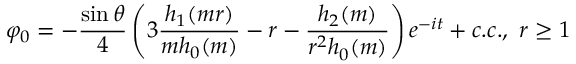
\varphi _ { 0 } = - \frac { \sin \theta } { 4 } \left( 3 \frac { h _ { 1 } ( m r ) } { m h _ { 0 } ( m ) } - r - \frac { h _ { 2 } ( m ) } { r ^ { 2 } h _ { 0 } ( m ) } \right) e ^ { - i t } + c . c . , ~ r \geq 1